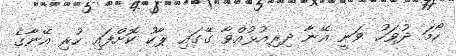
ހޯމަ ދުވަހު ވަނީ އޭނާ ދިރިއުޅުއްވާ ގޭގައި ޕާކު ކޮށްފައި ހުރި އޭނާގެ